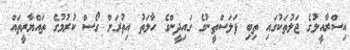
އިސްރާއީލުގެ ޖަލުތަކުގައި ތިބި ފަލަސްތީނުގެ ގައިދީންގެ ހާލަތު އިތުރަށް ގޯސް ކުރުމުގެ ތައްޔާރީތައް